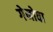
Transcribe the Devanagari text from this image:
गेनोवा